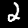
Digit: 2